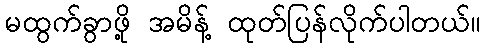
မထွက်ခွာဖို့ အမိန့် ထုတ်ပြန်လိုက်ပါတယ်။